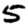
Digit: 5